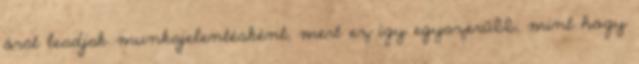
órát leadjak munkajelentésként, mert ez így egyszerűbb, mint hogy